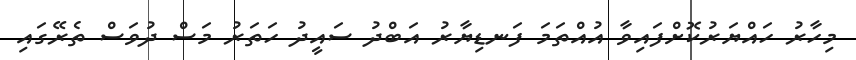
މިހާރު ހައްޔަރުކޮށްފައިވާ އުއްތަމަ ފަނޑިޔާރު އަބްދު ސައީދު ހަތަރު މަސް ދުވަސް ތެރޭގައި